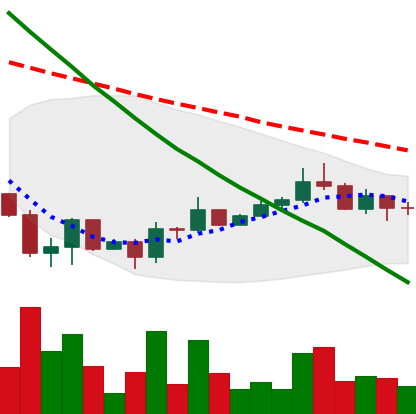
Ticker: DOGE-USD
Chart end date: 2022-07-01
Forward return: 3.639%
Label: up_3_5